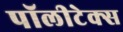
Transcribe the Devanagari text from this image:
पॉलीटेक्स